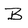
Character: B